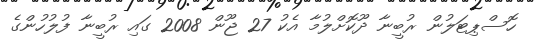
ހޮސްޕިޓަލުން ރުބީނާ ދޫކޮށްލުމާ އެކު 27 ޖޫން 2008 ގައި ރުބީނާ ފުލުހުންގެ